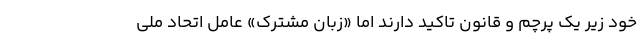
خود زیر یک پرچم و قانون تاکید دارند اما «زبان مشترک» عامل اتحاد ملی